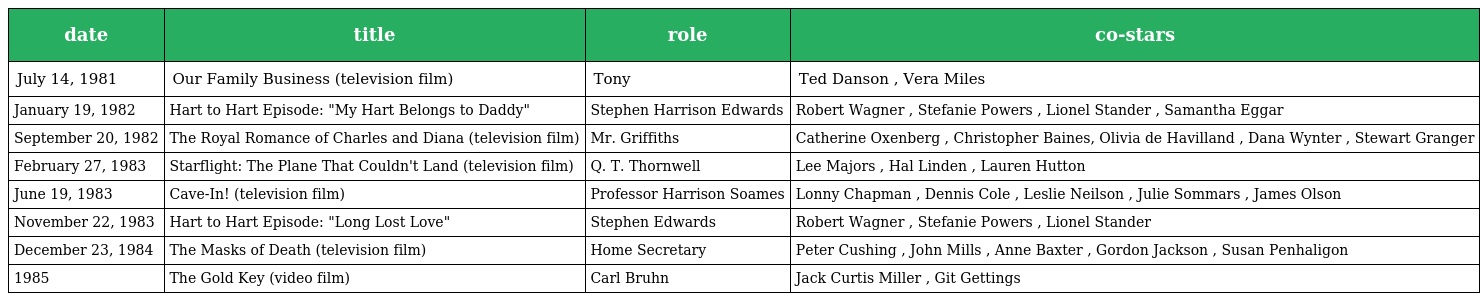
| date | title | role | co-stars |
 | --- | --- | --- | --- |
 | July 14, 1981 | Our Family Business (television film) | Tony | Ted Danson , Vera Miles |
 | January 19, 1982 | Hart to Hart Episode: "My Hart Belongs to Daddy" | Stephen Harrison Edwards | Robert Wagner , Stefanie Powers , Lionel Stander , Samantha Eggar |
 | September 20, 1982 | The Royal Romance of Charles and Diana (television film) | Mr. Griffiths | Catherine Oxenberg , Christopher Baines, Olivia de Havilland , Dana Wynter , Stewart Granger |
 | February 27, 1983 | Starflight: The Plane That Couldn't Land (television film) | Q. T. Thornwell | Lee Majors , Hal Linden , Lauren Hutton |
 | June 19, 1983 | Cave-In! (television film) | Professor Harrison Soames | Lonny Chapman , Dennis Cole , Leslie Neilson , Julie Sommars , James Olson |
 | November 22, 1983 | Hart to Hart Episode: "Long Lost Love" | Stephen Edwards | Robert Wagner , Stefanie Powers , Lionel Stander |
 | December 23, 1984 | The Masks of Death (television film) | Home Secretary | Peter Cushing , John Mills , Anne Baxter , Gordon Jackson , Susan Penhaligon |
 | 1985 | The Gold Key (video film) | Carl Bruhn | Jack Curtis Miller , Git Gettings |